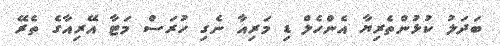
ބަދަލު ކުޅުންތެރިޔާ އެންހެލް ޑި މަރިއާ ނެގި ހުރަސް މަޓާ އޭރިއާގެ ތެރޭ